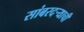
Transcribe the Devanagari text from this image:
सांबरदर्‍याची